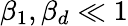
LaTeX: \beta_{1},\beta_{d}\ll 1